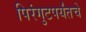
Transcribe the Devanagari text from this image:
पिरंगुटपर्यंतचे